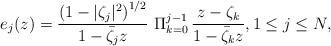
LaTeX: \begin{align*}e_j(z)=\frac{\left(1-|\zeta_j|^2\right)^{1/2}}{1-\bar{\zeta}_j z}\,\,\Pi_{k=0}^{j-1}\,\frac{z-\zeta_k}{1-\bar{\zeta}_kz},1\leq j\leq N,\end{align*}